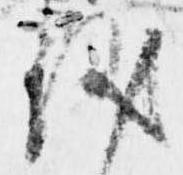
儀